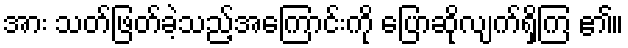
အား သတ်ဖြတ်ခဲ့သည့်အကြောင်းကို ပြောဆိုလျက်ရှိကြ ၏။